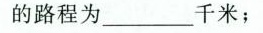
的路程为___千米；